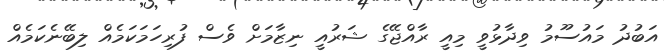
އަބުދު މައުސޫމު ވިދާޅުވީ މިއީ ރާއްޖޭގެ ޝަރުއީ ނިޒާމަށް ވެސް ފުރިހަމަކަމެއް ލިބޭނެކަމެއް